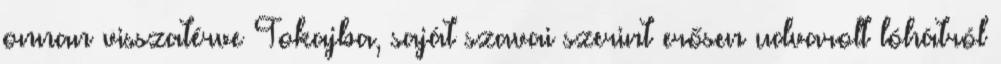
onnan visszatérve Tokajba, saját szavai szerint erősen udvarolt lóhátról